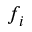
f _ { i }